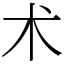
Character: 术